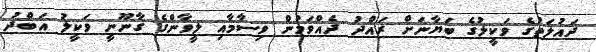
ދައުލަތުގެ ވަކީލުގެ ބަޔާނަށް ރައްދު ދެއްވަމުން ވިސާމާއި ލީވާންގެ ގާނޫނީ ވަކީލު އަބްދު